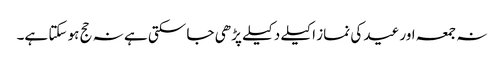
نہ جمعہ اور عید کی نماز اکیلے دکیلے پڑھی جا سکتی ہے نہ حج ہو سکتا ہے۔